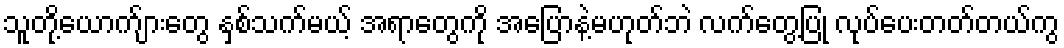
သူတို့ယောက်ျားတွေ နှစ်သက်မယ့် အရာတွေကို အပြောနဲ့မဟုတ်ဘဲ လက်တွေ့ပြု လုပ်ပေးတတ်တယ်ကွ